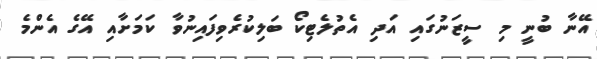
އޭނާ ބުނީ މި ސީޒަނުގައި އަދި އެތުލެޓިކޯ ބަލިކުރެވިފައިނުވާ ކަމަށާއި އޭގެ އެންމެ